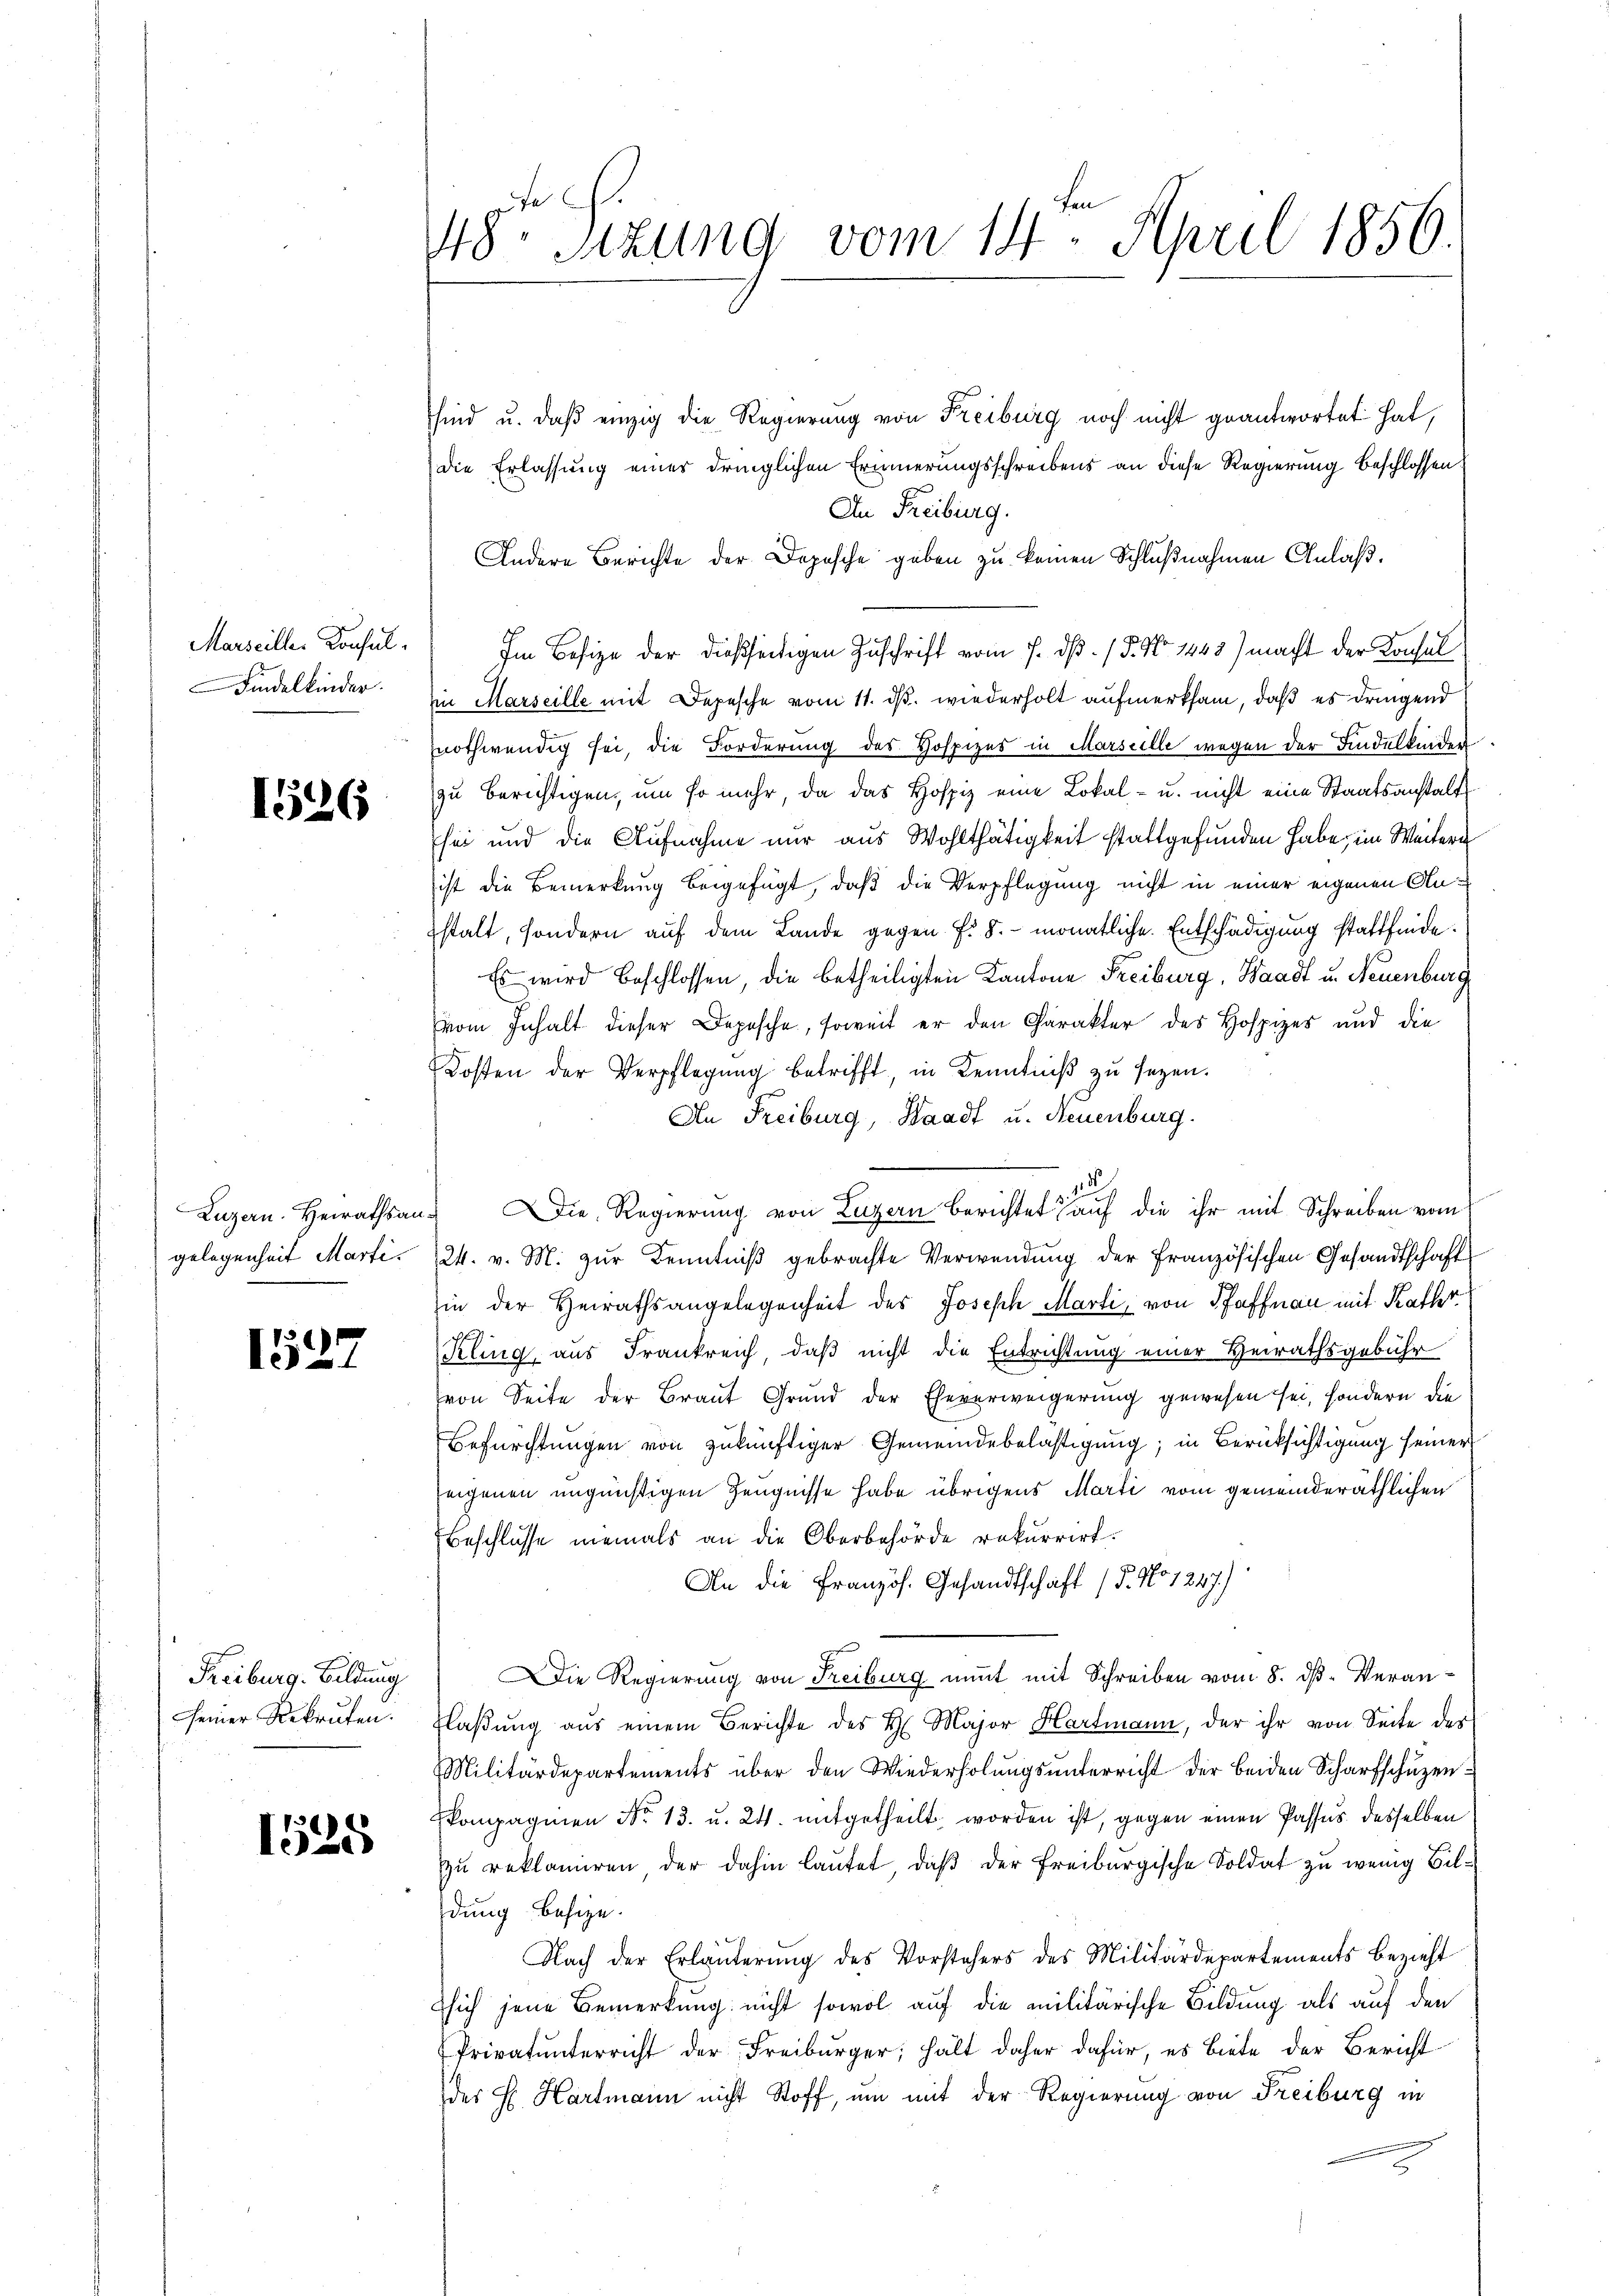
Marseille. Konsul
Findelkinder.

1526

gelegenheit Marti¬

1527

Freiburg. Bildung
seiner Rekruten.

1525

48. Sitzung vom 14. April 1856.

sind u. daß einzig die Regierung von Freiburg noch nicht geantwortet hat,
die Erlassung einer dringlichen Erinnerungsschreibens an diese Regierung beschlossen
An Freiburg.
Andere Berichte der Depesche geben zu keinen Schlußnahmen Anlaß.
Im Besize der dießseitigen Zuschrift vom 7. dß. / 5. No 1448) macht der Konsul
in Marseille mit Depesche vom 11. ds. wiederholt aufmerksam, daß es dringend
nothwendig sei, die Forderung des Hospizes in Marseille wegen der Findelkinden.
zu berichtigen, um so mehr, da das Hospiz eine Lokal- u. nicht eine Staatsanstalt
sei und die Aufnahme nur aus Wohlthätigkeit stattgefunden habe, im Weitern
ist die Bemerkung beigefügt, daß die Verpflegung nicht in einer eigenen Anstalt, sondern auf dem Lande gegen f. 8. monatliche Entschädigung stattfinde.
Es wird beschlossen, die betheiligten Kantone Freiburg, Waadt u. Neuenburg
vom Inhalt dieser Depesche, soweit er den Charakter des Hospizes und die
Kosten der Verpflegung betrifft, in Kenntniß zu seyen.
An Freiburg, Waadt u. Neuenburg.
d
Luzern. Heirathsan. Die Regierŭng von Luzern berichtet auf die ihr mit Schreiben vom
24. v. M. zur Kenntniß gebrachte Verwendung der Französischen Gesandtschaft
in der Heirathsangelegenheit des Joseph Marti, von Pfaffnau mit Kathr
Kling, aus Frankreich, daß nicht die Entrichtung einer Heirathsgebühr
von Seite der Braut Grund der Eheverweigerung gewesen sei, sondern die
Befürchtungen von zukünftiger Gemeindebelästigung; in Berücksichtigung seiner
seigenen ungünstigen Zeugnisse habe übrigens Marti vom gemeinderäthlichen
Beschlüsse niemals an die Oberbehörde rekurrirt.
An die Französ. Gesandtschaft (5. No 1247.)
Die Regierung von Freiburg nimmt mit Schreiben vom 8. ds Veran¬
Flaßung aus einem Berichte des H. Major Hartmann, der ihr von Seite der
Militärdepartements über den Wiederholŭngsŭnterricht der beiden Scharfschuzen
kompagnien No 13. u. 24. mitgetheilt worden ist, gegen einen Passus desselben
zu reklamiren der dahin lautet, daβ der Freiburgische Soldat zu wenig Bildung besize.
Nach der Erläuterung des Vorstehers des Militärdepartements bezieht
Eich jene Bemerkung nicht sowol auf die militärische Bildung als auf den
Privatunterricht der Freiburger; hält daher dafür, es biete der Bericht
der H. Hartmann nicht Stoff, um mit der Regierung von Freiburg in